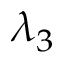
\lambda _ { 3 }